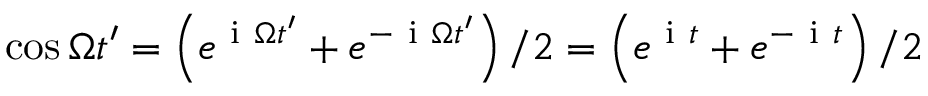
\cos { \Omega t ^ { \prime } } = \left( e ^ { \mathrm { ~ i ~ } \Omega t ^ { \prime } } + e ^ { - \mathrm { ~ i ~ } \Omega t ^ { \prime } } \right) / 2 = \left( e ^ { \mathrm { ~ i ~ } t } + e ^ { - \mathrm { ~ i ~ } t } \right) / 2